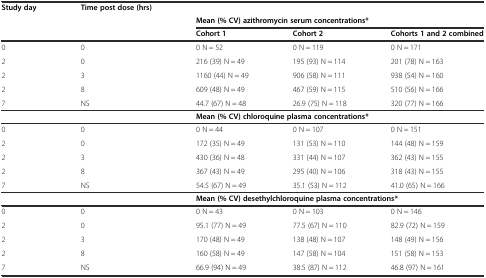
<table><thead><tr><td><b>Study day</b></td><td><b>Time post dose (hrs)</b></td><td colspan="3"></td></tr><tr><td></td><td></td><td colspan="3"><b>Mean (% CV) azithromycin serum concentrations*</b></td></tr><tr><td></td><td></td><td><b>Cohort 1</b></td><td><b>Cohort 2</b></td><td><b>Cohorts 1 and 2 combined</b></td></tr></thead><tbody><tr><td>0</td><td>0</td><td>0 N = 52</td><td>0 N = 119</td><td>0 N = 171</td></tr><tr><td>2</td><td>0</td><td>216 (39) N = 49</td><td>195 (93) N = 114</td><td>201 (78) N = 163</td></tr><tr><td>2</td><td>3</td><td>1160 (44) N = 49</td><td>906 (58) N = 111</td><td>938 (54) N = 160</td></tr><tr><td>2</td><td>8</td><td>609 (48) N = 49</td><td>467 (59) N = 115</td><td>510 (56) N = 166</td></tr><tr><td>7</td><td>NS</td><td>44.7 (67) N = 48</td><td>26.9 (75) N = 118</td><td>320 (77) N = 166</td></tr><tr><td></td><td></td><td colspan="3"><b>Mean (% CV) chloroquine plasma concentrations*</b></td></tr><tr><td>0</td><td>0</td><td>0 N = 44</td><td>0 N = 107</td><td>0 N = 151</td></tr><tr><td>2</td><td>0</td><td>172 (35) N = 49</td><td>131 (53) N = 110</td><td>144 (48) N = 159</td></tr><tr><td>2</td><td>3</td><td>430 (36) N = 48</td><td>331 (44) N = 107</td><td>362 (43) N = 155</td></tr><tr><td>2</td><td>8</td><td>367 (43) N = 49</td><td>295 (40) N = 106</td><td>318 (43) N = 155</td></tr><tr><td>7</td><td>NS</td><td>54.5 (67) N = 49</td><td>35.1 (53) N = 112</td><td>41.0 (65) N = 166</td></tr><tr><td></td><td></td><td colspan="3"><b>Mean (% CV) desethylchloroquine plasma concentrations*</b></td></tr><tr><td>0</td><td>0</td><td>0 N = 43</td><td>0 N = 103</td><td>0 N = 146</td></tr><tr><td>2</td><td>0</td><td>95.1 (77) N = 49</td><td>77.5 (67) N = 110</td><td>82.9 (72) N = 159</td></tr><tr><td>2</td><td>3</td><td>170 (48) N = 49</td><td>138 (48) N = 107</td><td>148 (49) N = 156</td></tr><tr><td>2</td><td>8</td><td>160 (58) N = 49</td><td>147 (58) N = 104</td><td>151 (58) N = 153</td></tr><tr><td>7</td><td>NS</td><td>66.9 (94) N = 49</td><td>38.5 (87) N = 112</td><td>46.8 (97) N = 161</td></tr></tbody></table>